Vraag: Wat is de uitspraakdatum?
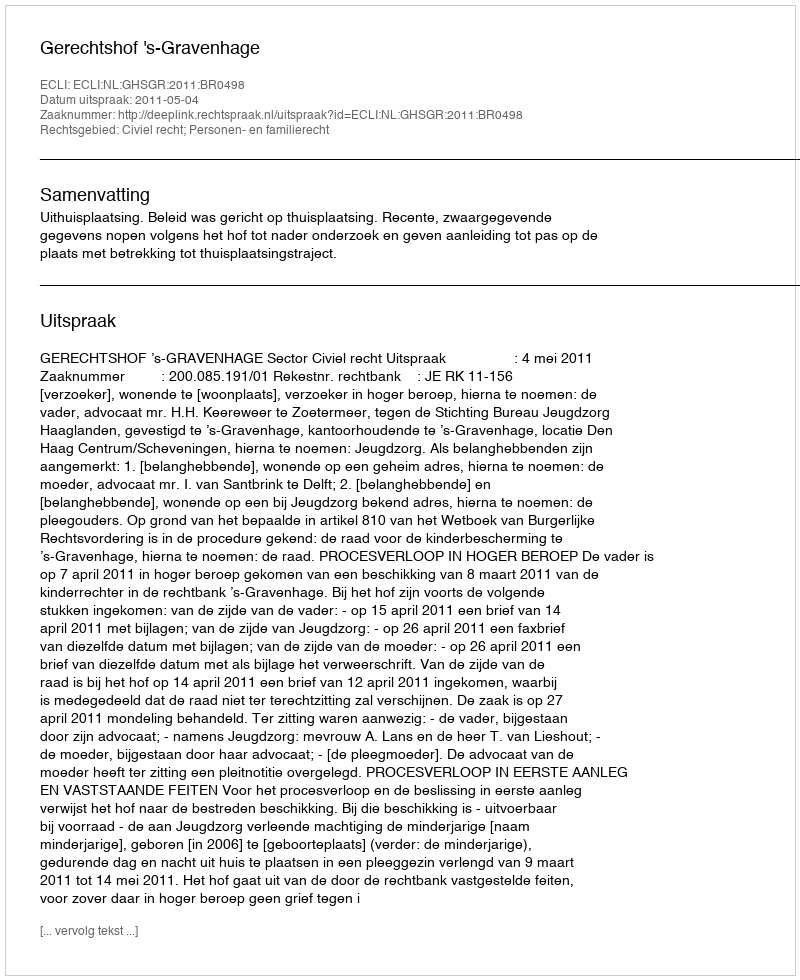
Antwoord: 2011-05-04